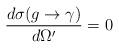
LaTeX: \begin{align*}\frac{d\sigma ( g \rightarrow \gamma)}{d\Omega'} = 0\end{align*}